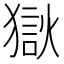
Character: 𰡤